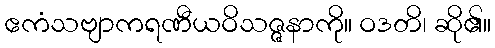
ဧကံသဗျာကရဏီယဝိသဇ္ဇနာကို။ ဝဒတိ၊ ဆို၏။